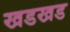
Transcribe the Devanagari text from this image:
खडखड